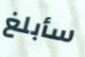
سأبلغ